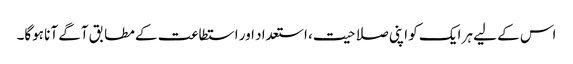
اس کے لیے ہر ایک کو اپنی صلاحیت، استعداد اور استطاعت کے مطابق آگے آنا ہوگا۔